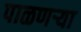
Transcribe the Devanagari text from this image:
पाळणऱ्या